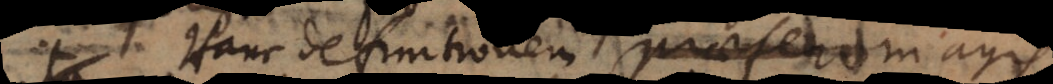
. Hanc definitionem praefero magis